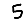
Digit: 5